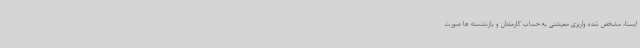
ایسنا، مشخص شده واریزی معیشتی به حساب کارمندان و بازنشسته ها صورت